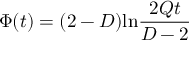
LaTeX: \Phi ( t ) = ( 2 - D ) \mathrm { l n } \frac { 2 Q t } { D - 2 }